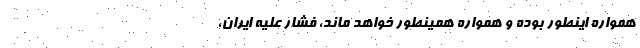
همواره اینطور بوده و همواره همینطور خواهد ماند، فشار علیه ایران،